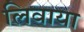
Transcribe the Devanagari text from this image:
लिवाया